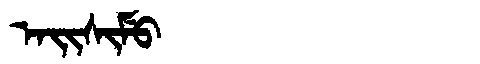
Manchu: ᠠᡳᠰᡳᠮᡠ
Romanization: AISIMU